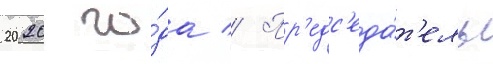
2020 го́да // Пр'едс'еда́т'ель